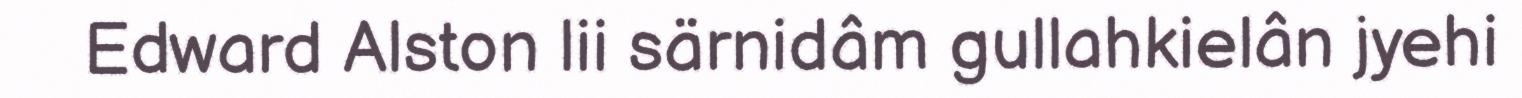
Edward Alston lii särnidâm gullahkielân jyehi